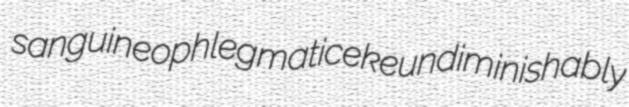
sanguineophlegmatic eke undiminishably